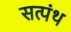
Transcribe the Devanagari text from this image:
सत्पंथ